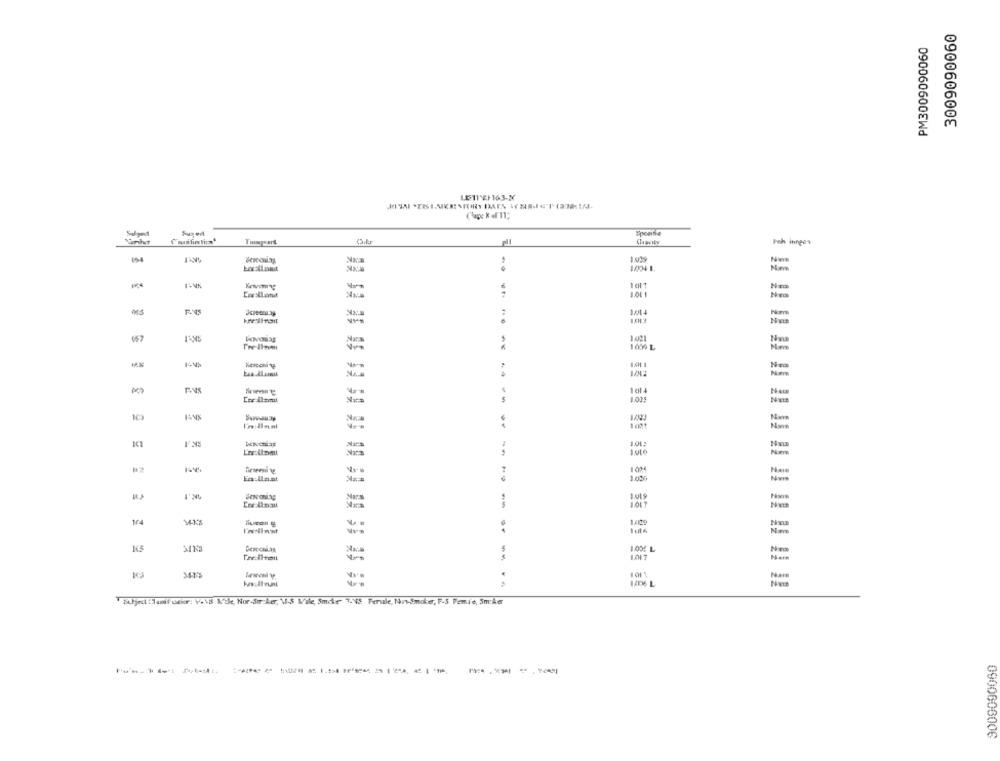
PM3009090060
090060600€
LE11 GF163-XX
Fused
-
10%
1011
:
057
1001
100% L
Nm
-...
1014
Narz
1.035
1010
1034
Nai
Eallaat
1.000
Bessonisg
Na
.
Nmm
145
1.00E L
1.017
Nare
Puljeutileedf dekor: V.\ \'ile, Nor-Sor ker, MI-S Mile, Smoke 3NS Perule, NonSmoker, F.S Pemie, Smoke
0900606006